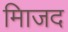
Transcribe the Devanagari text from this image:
मािजद